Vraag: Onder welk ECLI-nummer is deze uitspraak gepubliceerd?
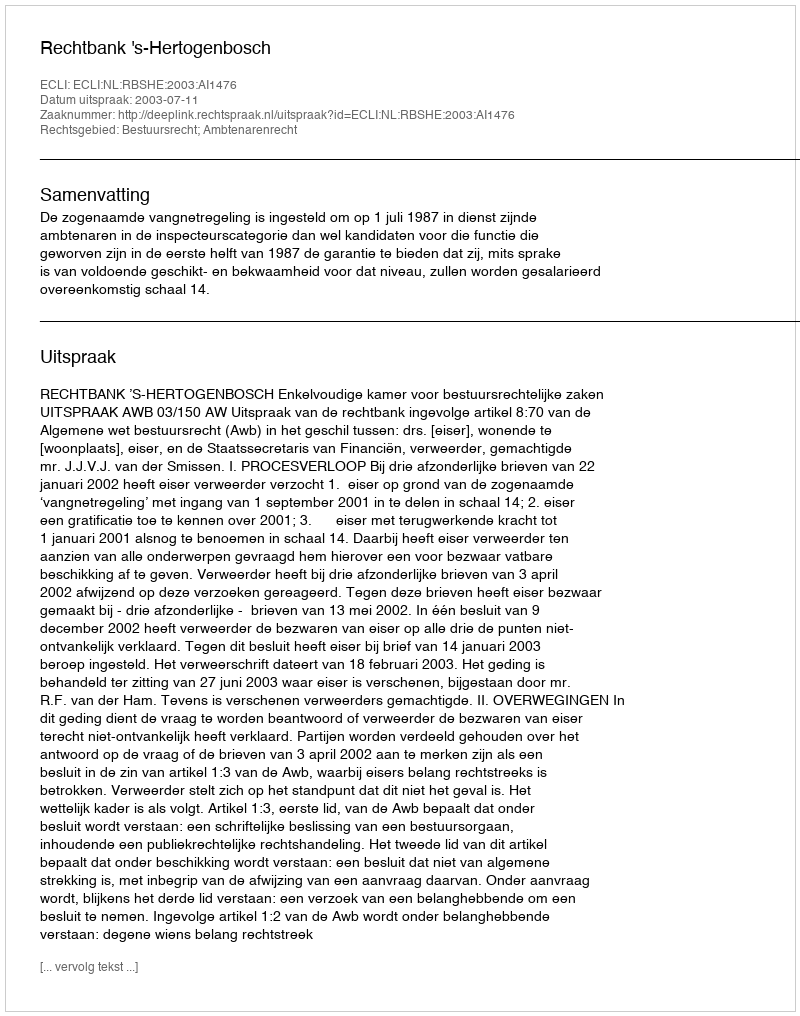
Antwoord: ECLI:NL:RBSHE:2003:AI1476